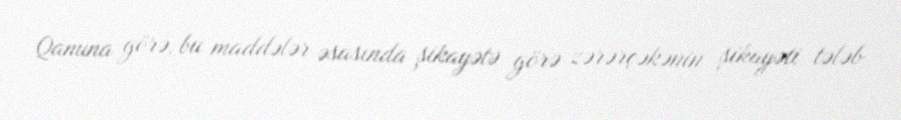
Qanuna görə, bu maddələr əsasında şikayətə görə zərərçəkənin şikayəti tələb